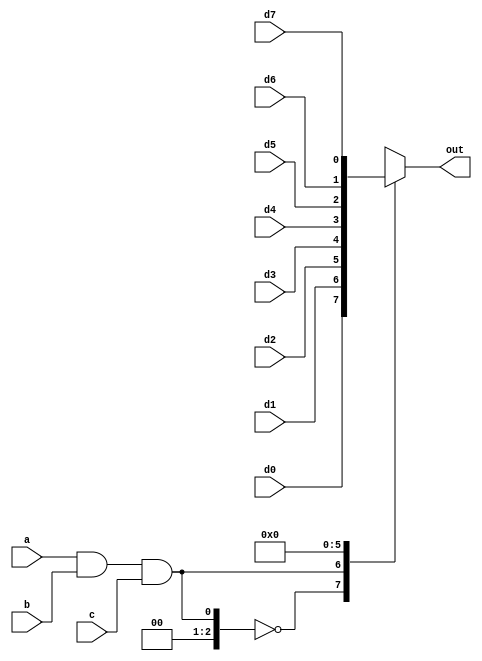
module mux_8x1(d0,d1,d2,d3,d4,d5,d6,d7,a,b,c,out);
    input d0,d1,d2,d3,d4,d5,d6,d7;
    input a,b,c;
    output reg out;
    always@(a & b & c)
    begin
        case(a & b & c)
            3'b000:out=d0;
            3'b001:out=d1;
            3'b010:out=d2;
            3'b011:out=d3;
            3'b100:out=d4;
            3'b101:out=d5;
            3'b110:out=d6;
            3'b111:out=d7;
        endcase
    end
endmodule